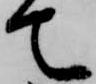
て